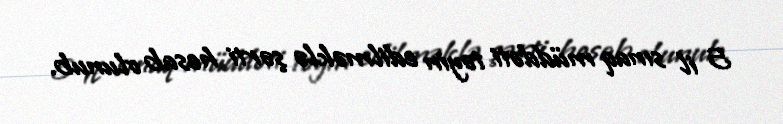
5 il sınaq müddəti təyin edilməklə şərti hesab olunub.